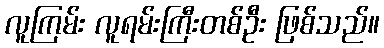
လူကြမ်း လူရမ်းကြီးတစ်ဦး ဖြစ်သည်။